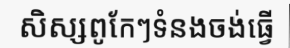
សិស្សពូកែៗទំនងចង់ធ្វើ